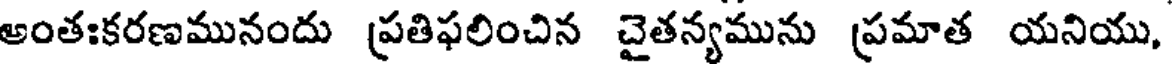
అంతఃకరణమునందు ప్రతిఫలించిన చైతన్యమును ప్రమాత యనియు,